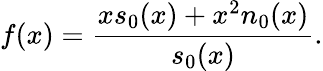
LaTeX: f(x)={\frac{xs_{0}(x)+x^{2}n_{0}(x)}{s_{0}(x)}}.